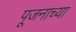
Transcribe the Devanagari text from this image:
पूजनाच्या